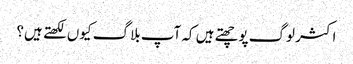
اکثر لوگ پوچھتے ہیں کہ آپ بلاگ کیوں لکھتے ہیں؟